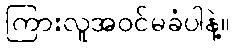
ကြားလူအဝင်မခံပါနဲ့။